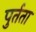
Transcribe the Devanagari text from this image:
पुर्तता